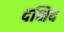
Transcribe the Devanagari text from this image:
दक्षिद